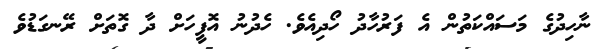
ނާހިދުގެ މަސައްކަތުން އެ ފަރުހާދު ހޯދިއެވެ. ހެދުނު އޮފީހަށް ދާ ގޮތަށް ރޭނގަޑުވެ